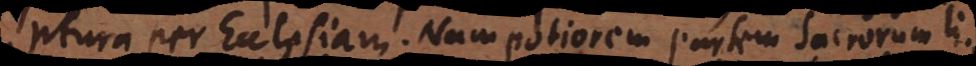
ptura per Ecclesiam. Nam potiorem partem sacrorum li